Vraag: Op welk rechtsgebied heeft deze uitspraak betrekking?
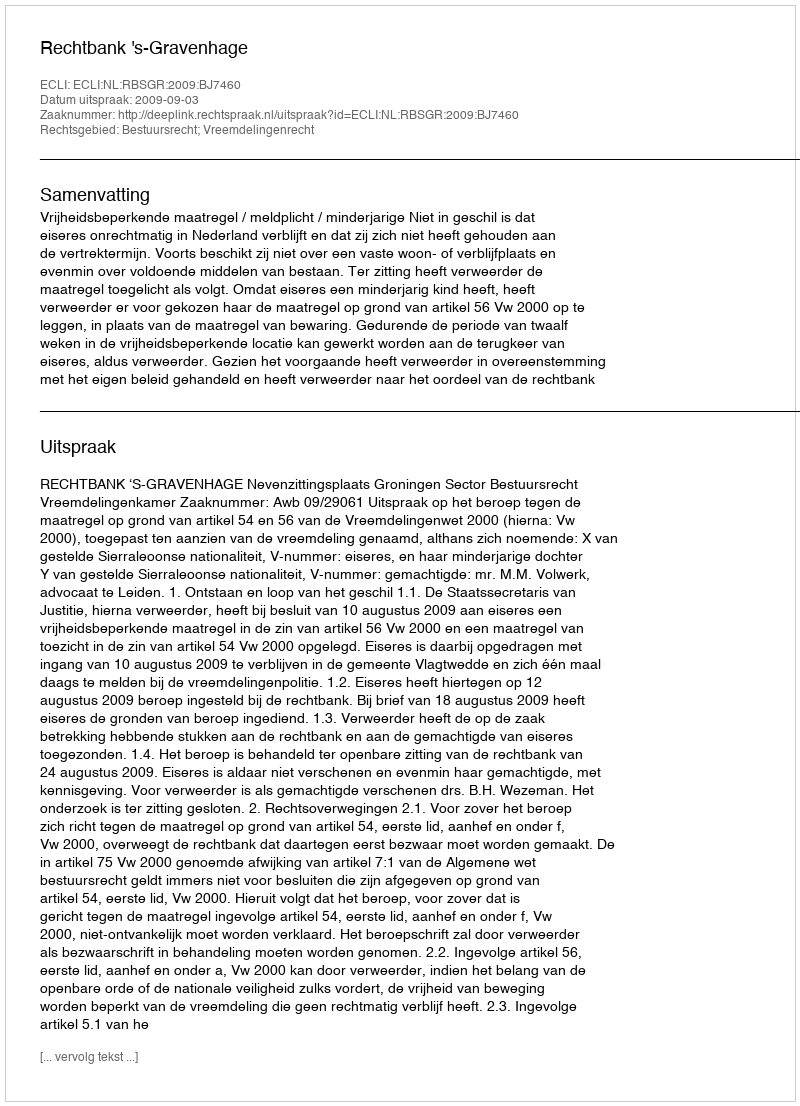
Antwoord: Bestuursrecht; Vreemdelingenrecht